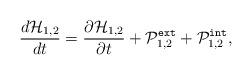
LaTeX: \begin{align*}\frac{d{\cal H}_{1,2}}{dt}=\frac{\partial {\cal H}_{1,2}}{\partial t}+{\cal P}^{\tt ext}_{1,2}+{\cal P}^{\tt int}_{1,2},\end{align*}